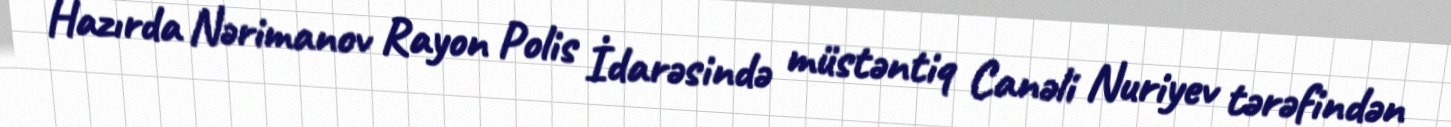
Hazırda Nərimanov Rayon Polis İdarəsində müstəntiq Canəli Nuriyev tərəfindən